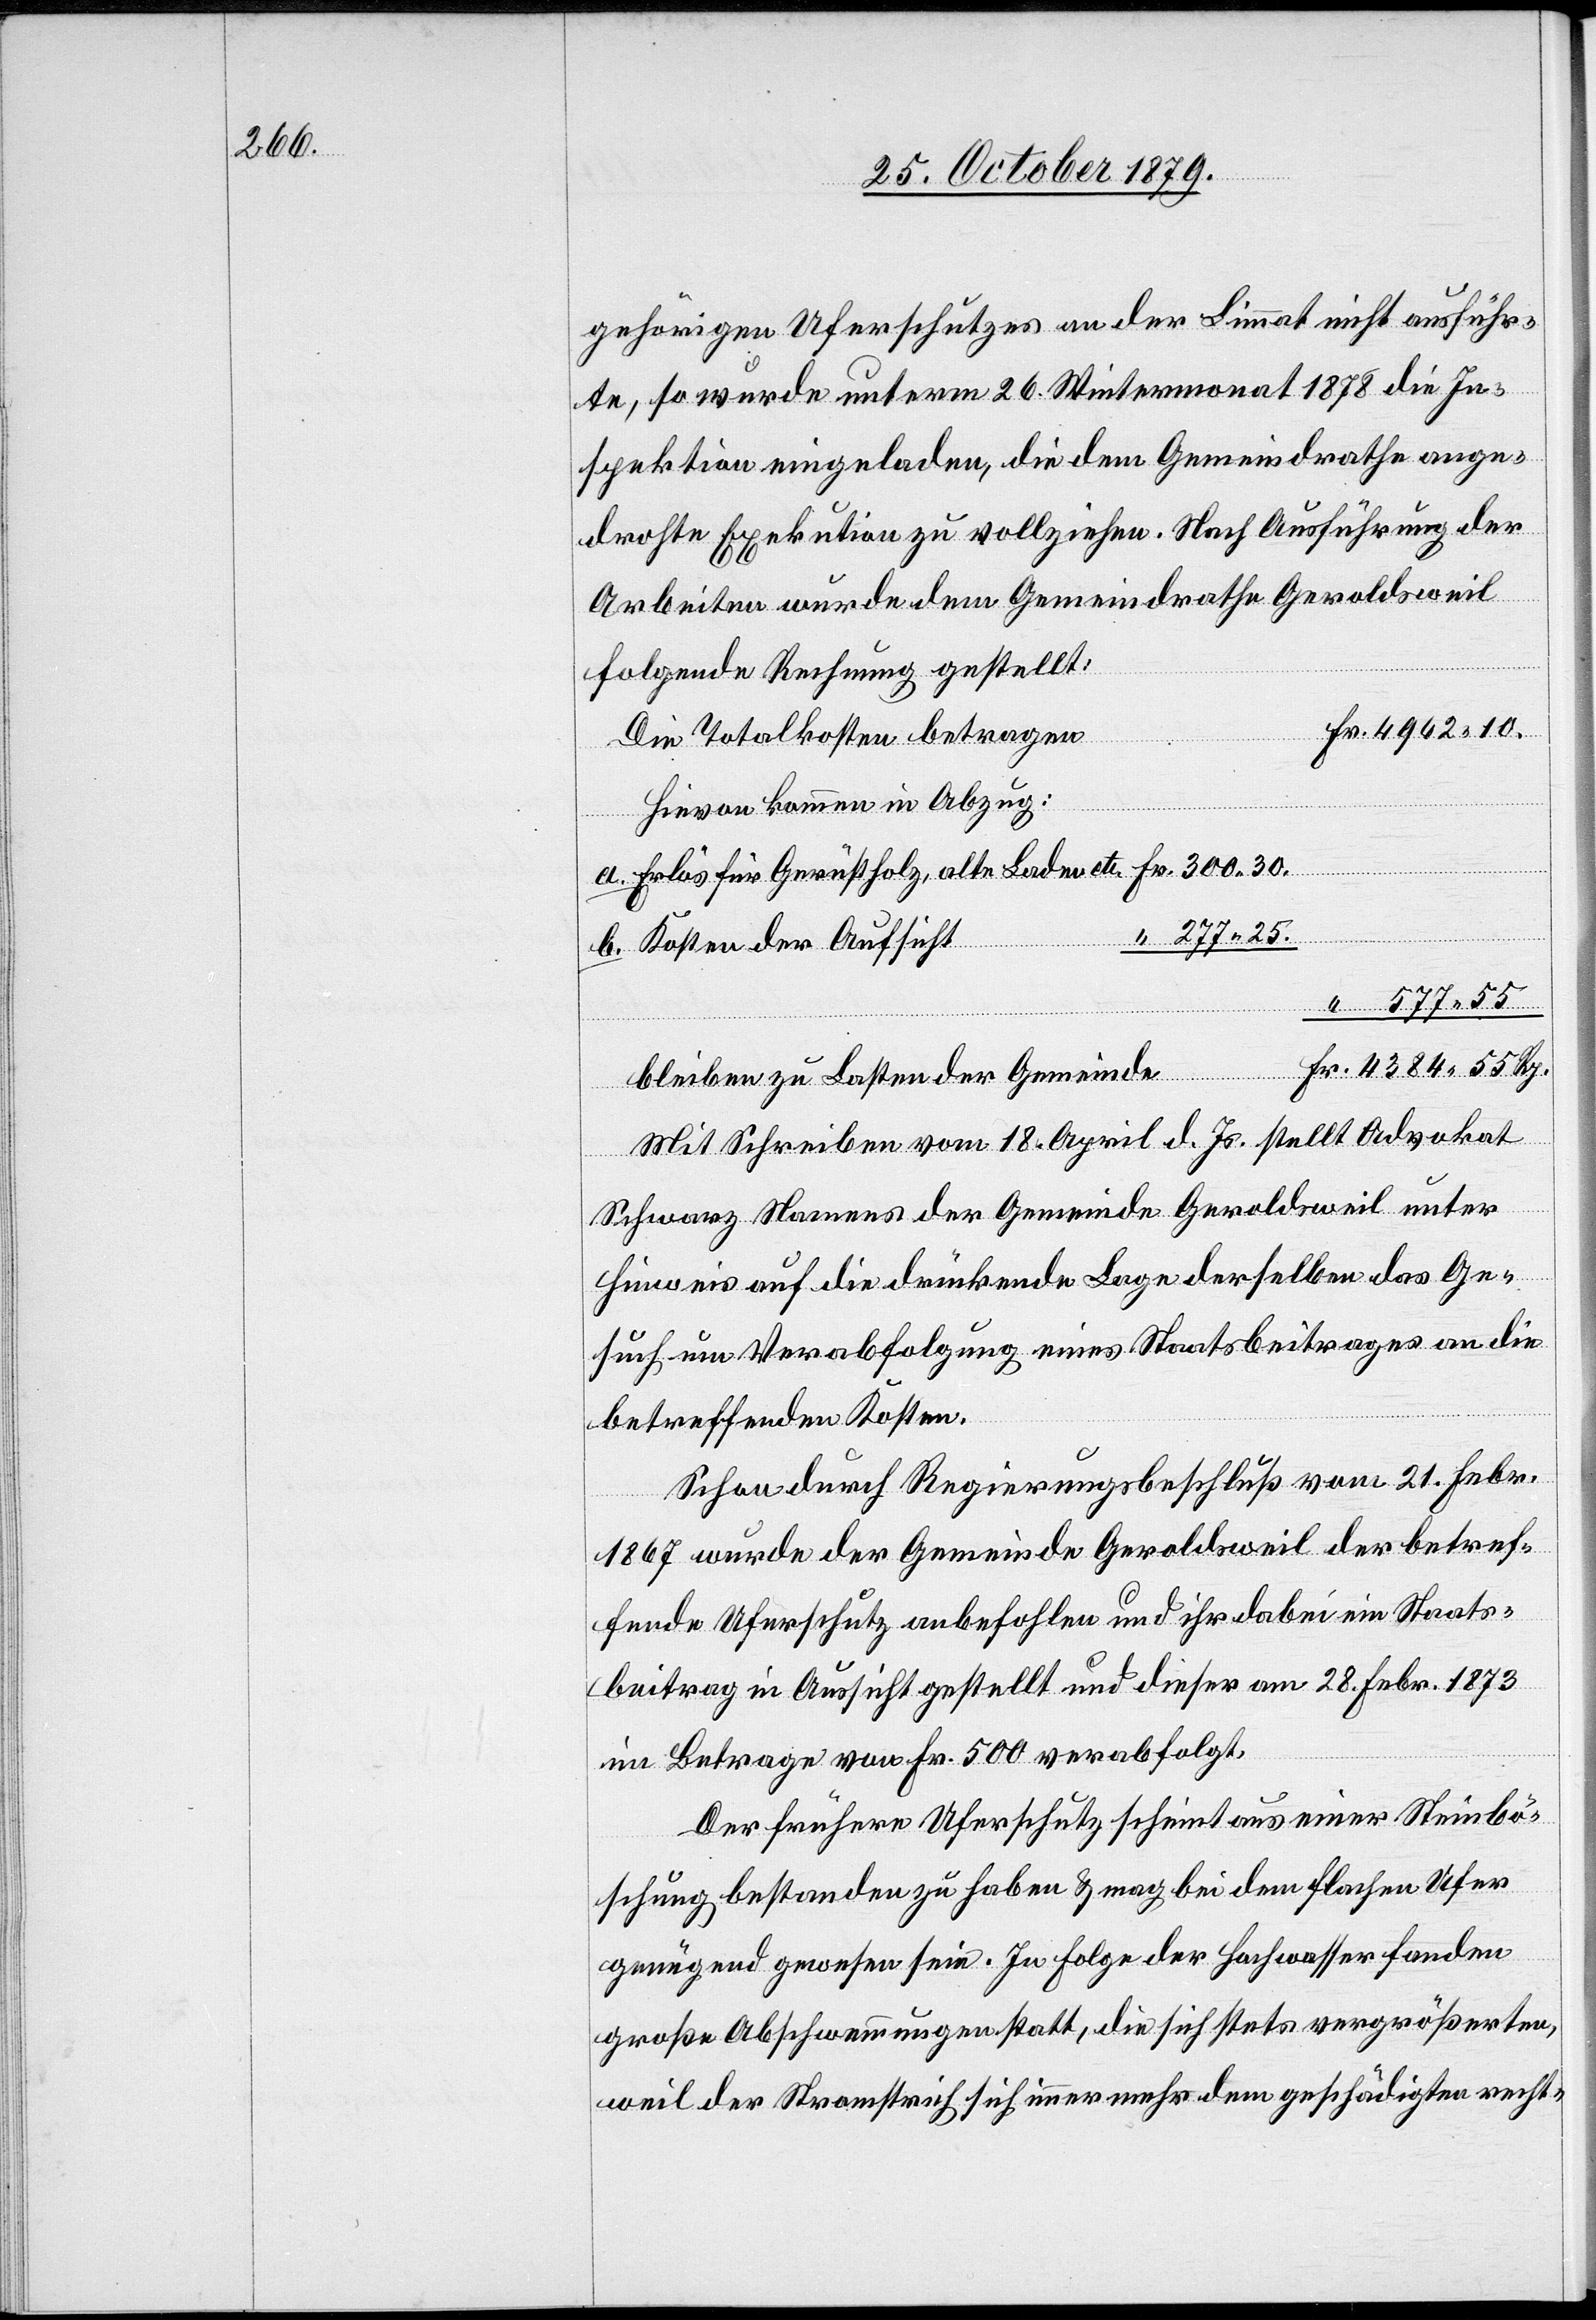
4384

gehörigen Uferschutzes an der Limmat nicht ausführ¬
te, so wurde unterm 26. Wintermonat 1878 die In¬
spektion eingeladen, die dem Gemeindrathe ange¬
drohte Exekution zu vollziehen. Nach Ausführung der
Fr.
Arbeiten wurde dem Gemeindrathe Geroldsweil
folgende Rechnung gestellt:
Fr. 4962 10.
Die Totalkosten betragen
Hiezu kommen in Abzug:
bleiben zu Lasten der
Kosten der Aufsicht
“ 577 55
Mit Schreiben vom 18. April d. Js stellt Advokat
55
Schwarz Namens der Gemeinde Geroldsweil unter
Hinweis auf die drückende Lage derselben das Ge¬
such um Verabfolgung eines Staatsbeitrages an die
betreffenden Kosten.
Schon durch Regierungsbeschluß vom 21. Febr.
1876 wurde der Gemeinde Geroldsweil der betref¬
fende Uferschutz anbefohlen und ihr dabei ein Staats¬
beitrag in Aussicht gestellt und dieser am 28. Febr. 1873
im Betrage von Fr. 500 verabfolgt.
Der frühere Uferschutz scheint aus einer Steinbö¬
schung bestanden zu haben & mag bei dem flachen Ufer
genügend gewesen sein. In Folge der Hochwasser fanden
große Abschwemmungen statt, die sich stets vergrößerten,
weil der Stromstrich sich immer mehr dem geschädigten recht-